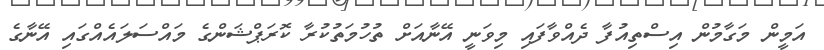
އަމީން މަގާމުން އިސްތިއުފާ ދެއްވާފައި މިވަނީ އޭނާއަށް ތުހުމަތުކުރާ ކޮރަޕްޝަންގެ މައްސަލައެއްގައި އޭނާގެ